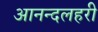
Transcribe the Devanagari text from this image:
आनन्दलहरी